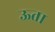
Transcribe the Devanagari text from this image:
ऊता